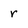
Character: r